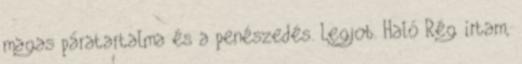
magas páratartalma és a penészedés. Legjob. Haló Rég írtam,